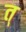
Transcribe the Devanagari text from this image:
त्‌